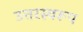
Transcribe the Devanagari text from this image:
उत्तरस्वरूप